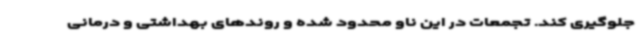
جلوگیری کند. تجمعات در این ناو محدود شده و روندهای بهداشتی و درمانی